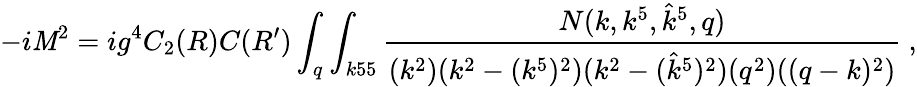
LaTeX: -i\mathit{M}^{2}=ig^{4}C_{2}(R)C(R^{\prime})\int_{q}\int_{k55}{\frac{{N(k,k^{5},{\hat{{k}}}^{5},q)}}{{(k^{2})(k^{2}-(k^{5})^{2})(k^{2}-({\hat{{k}}}^{5})^{2})(q^{2})((q-k)^{2})}}}\ ,